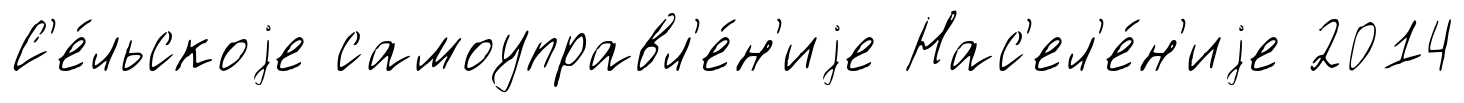
С'е́льскоjе самоуправл'е́н'иjе Нас'ел'е́н'иjе 2014